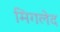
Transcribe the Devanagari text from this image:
मिगलेद